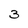
Character: 3